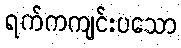
ရက်ကကျင်းပသော